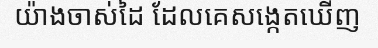
យ៉ាងចាស់ដៃ ដែលគេសង្កេតឃើញ